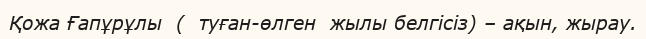
Қожа Ғапұрұлы  (  туған-өлген  жылы белгісіз) – ақын, жырау.